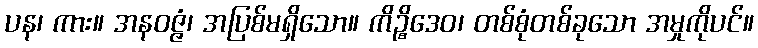
ပန၊ ကား။ အနဝဇ္ဇံ၊ အပြစ်မရှိသော။ ကိဉ္စိဒေဝ၊ တစ်စုံတစ်ခုသော အမှုကိုပင်။